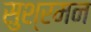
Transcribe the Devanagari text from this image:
सुश्रमन